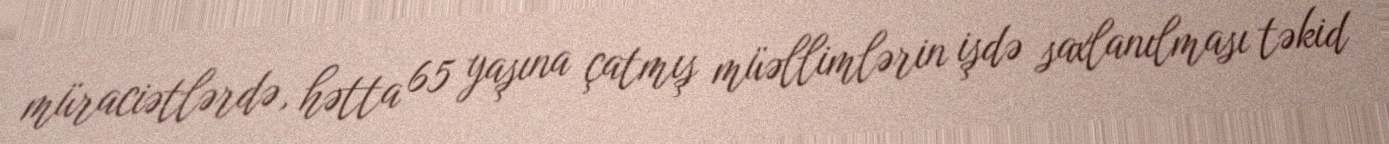
müraciətlərdə, hətta 65 yaşına çatmış müəllimlərin işdə saxlanılması təkid